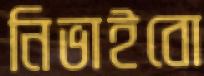
নিভাইবো